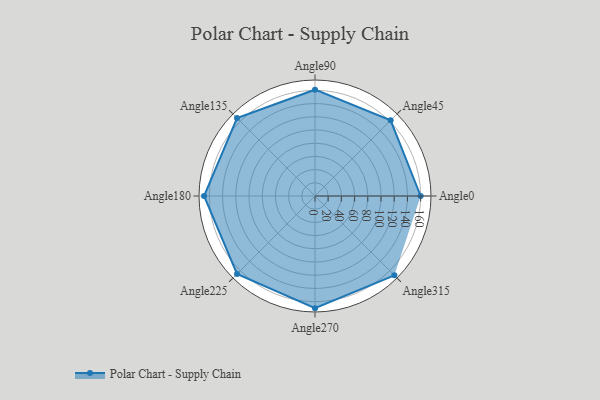
{"axis": {"x": "Angle", "y": "Radius"}, "legend": [""], "data": [{"x": "Angle0", "y": 160.0, "type": ""}, {"x": "Angle45", "y": 162.0, "type": ""}, {"x": "Angle90", "y": 161.0, "type": ""}, {"x": "Angle135", "y": 167.0, "type": ""}, {"x": "Angle180", "y": 168.0, "type": ""}, {"x": "Angle225", "y": 167.0, "type": ""}, {"x": "Angle270", "y": 170, "type": ""}, {"x": "Angle315", "y": 170, "type": ""}]}